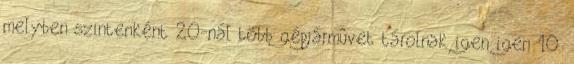
melyben szintenként 20-nál több gépjármûvet tárolnak igen igen 10.